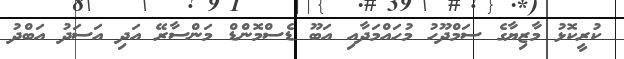
ކުރީކޮޅު މާޒިޔާގެ ސަމްދޫހު މުހައްމަދާއި އަބޫ ޑެސްމޮންޑް މަންސާރޭ އަދި އަސަދު އަބްދު